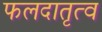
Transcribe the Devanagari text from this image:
फलदातृत्व